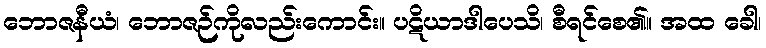
ဘောဇနီယံ၊ ဘောဇဉ်ကိုလည်းကောင်း။ ပဋိယာဒါပေသိ၊ စီရင်စေ၏။ အထ ခေါ၊